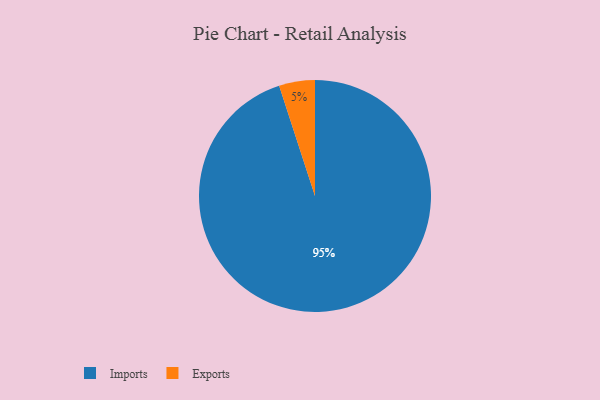
{"axis": {"x": "Category", "y": "Percentage"}, "legend": ["Exports", "Imports"], "data": [{"x": "Exports", "y": 5, "type": "Exports"}, {"x": "Imports", "y": 95, "type": "Imports"}]}